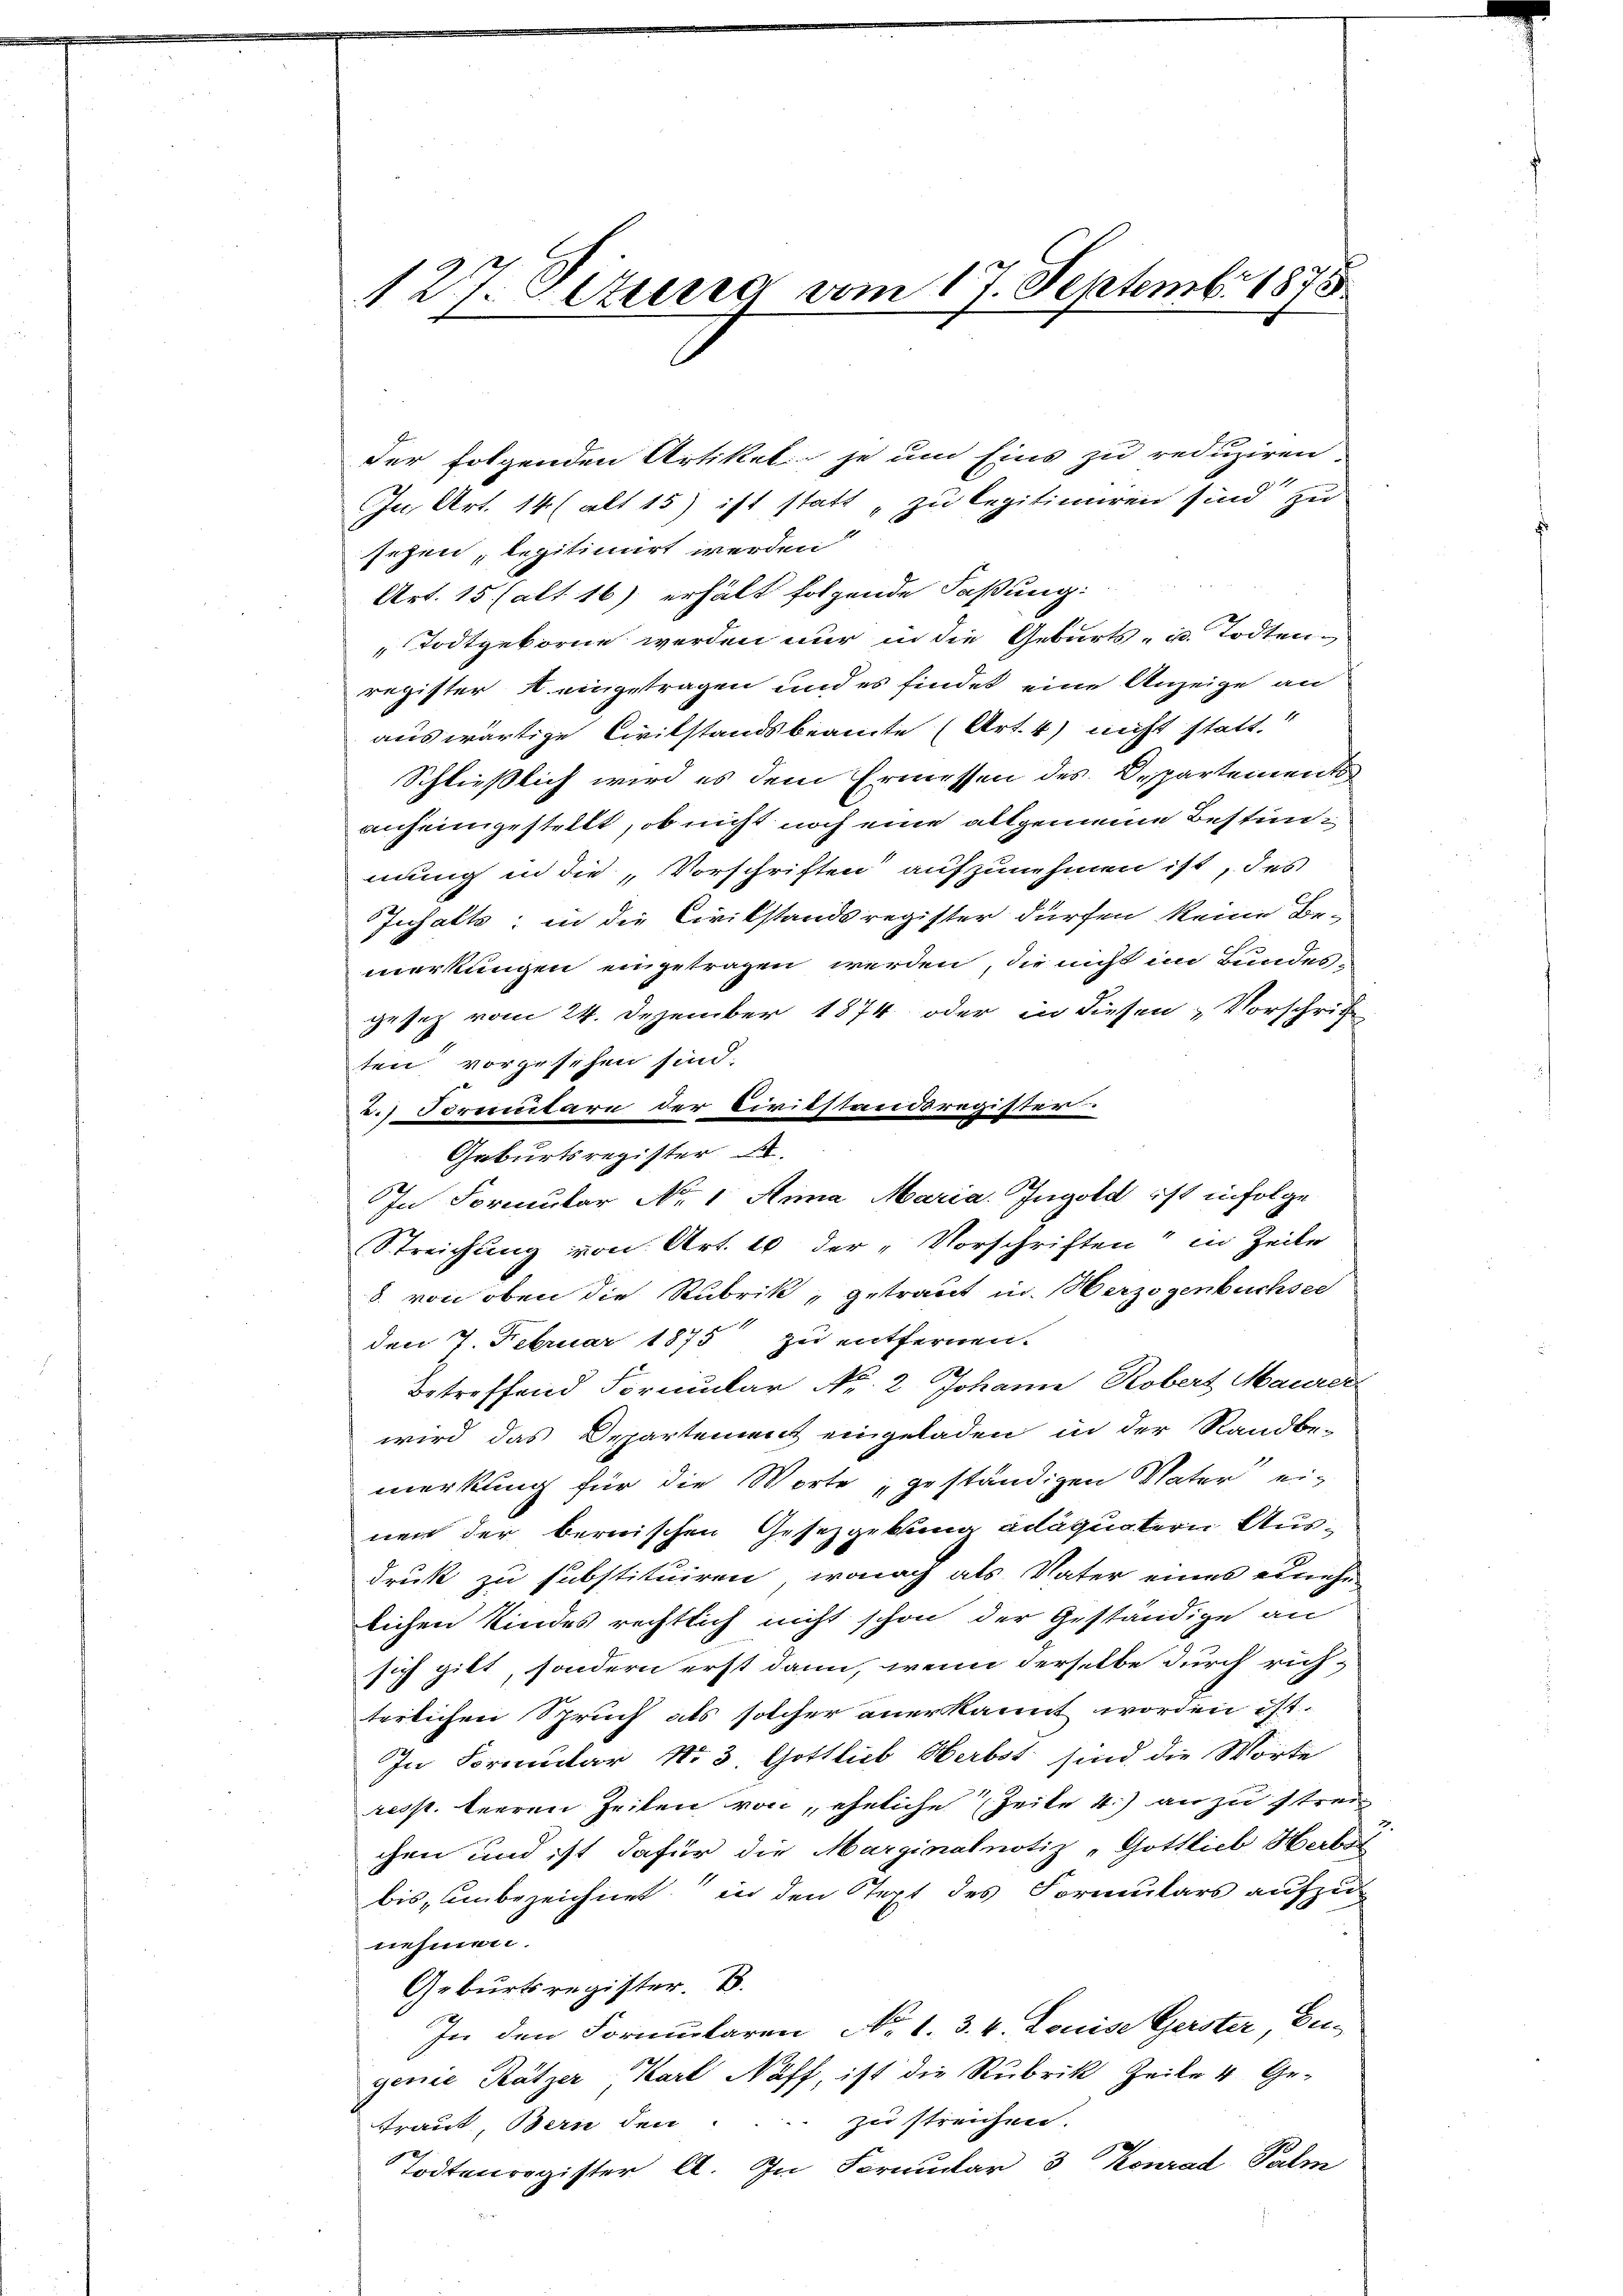
der folgenden Artikel je um Eins zu reduziren
In, Art. 14 ( alt 15) ist statt „zu legitimiren sind zu
sehen, legitimirt werden
Art. 15. (alt 16) erhält folgende Faßung:
Todtgeborne werden nur in die Geburts- u. Todtenregister A eingetragen und es findet eine Anzeige an
auswärtige Civilstandsbeamte (Art. 4) nicht statt.“
Schließlich wird es dem Ermessen des Departements
anheimgestellt, ob nicht noch eine allgemeine Bestimmung in die Vorschriften aufzunehmen ist, des
Inhalts; in die Civikstandsregister dürfen keine Be-
merkungen eingetragen werden, die nicht im Bundesgesetz vom 24. Dezember 1874 oder in diesen „Vorschrif
ten vorgesehen sind.
.) Formutarn der Civilstandsregister
Geburtsregister
In Formular No. 1. Anna Maria. Ingold ist infolge
Streichung von Art. 10 der „Vorschriften" in Zeile
8. von oben die Rubrik, getraut in Herzogenbuchsee
den 7. Februar 1875 zu entfernen.
Betreffend Formular Nr. 2. Johann Robert Maurer
wird das Departement eingeladen in der Randbe-
merkung für die Worte „geständigen Vater einen der bernischen Gesetzgebung adäquatern Ausdruk zu substituiren, wonach als Vater eines zunehe
lichen Kindes rechtlich nicht schon der Geständige an
sich gibt, sondern erst dann, wenn derselbe durch rich-
terlichen Spruch als solcher anerkannt worden ist.
In Formular No. 3. Gottlieb Herbst sind die Worte
resst. leeren Zeiten von, eheliche Zeite 4) an zu streichen und ist dafür die Marginalnotiz „Gottlieb Herbot
bis, unbezeichnet in den Tept des Formulars aufzunehmen.
Geburtsregister. B.
In den Formularen No 1. 3. 4. Louise Gerster, Eugenie Rätzer, Karl Näff, ist die Rubrik Zeile 4 Ge-
zu streichen.
traut, Bern den
Todtenregister A. In Formular 3 Konrad Salm

127. Bezug vom 17. Septemb. 1875